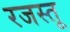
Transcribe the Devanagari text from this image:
रजस्तू